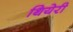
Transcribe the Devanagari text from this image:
थियेरी